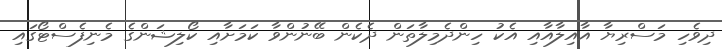
ދިވެހި މަސްރިޔާ އާއިލާއާއި އެކު ހިންދެމިލާތަން ދެކެން ބޭނުންވާ ކަމަަށާއި ކޯލިޝަންގެ މެނިފެސްޓޯގައި